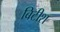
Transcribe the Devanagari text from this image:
बिटीश